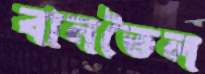
বানতৈল